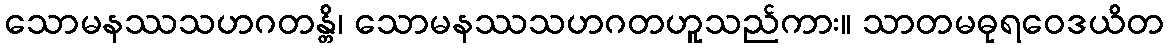
သောမနဿသဟဂတန္တိ၊ သောမနဿသဟဂတဟူသည်ကား။ သာတမဓုရဝေဒယိတ